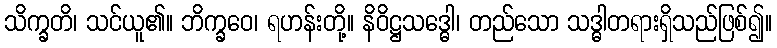
သိက္ခတိ၊ သင်ယူ၏။ ဘိက္ခဝေ၊ ရဟန်းတို့။ နိဝိဋ္ဌသဒ္ဓေါ၊ တည်သော သဒ္ဓါတရားရှိသည်ဖြစ်၍။